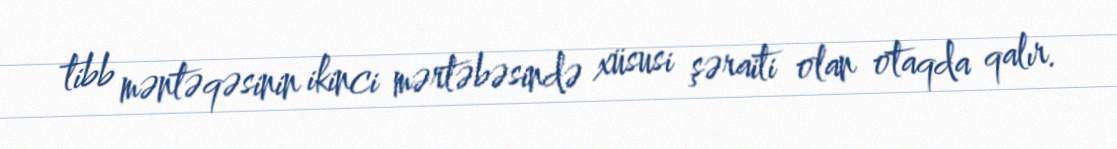
tibb məntəqəsinin ikinci mərtəbəsində xüsusi şəraiti olan otaqda qalır.